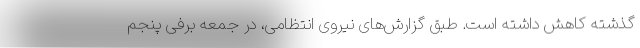
گذشته کاهش داشته است. طبق گزارش‌های نیروی انتظامی، در جمعه برفی پنجم